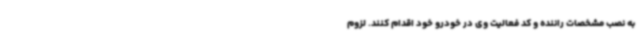
به نصب مشخصات راننده و کد فعالیت وی در خودرو خود اقدام کنند. لزوم